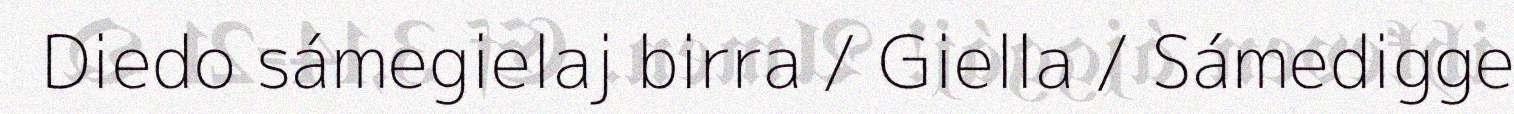
Diedo sámegielaj birra / Giella / Sámedigge